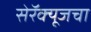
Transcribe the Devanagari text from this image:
सेरॅक्यूजचा